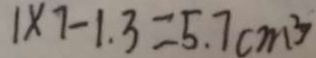
1 \times 7 - 1 . 3 = 5 . 7 c m ^ { 3 }